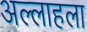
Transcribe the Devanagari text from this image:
अल्लाहला